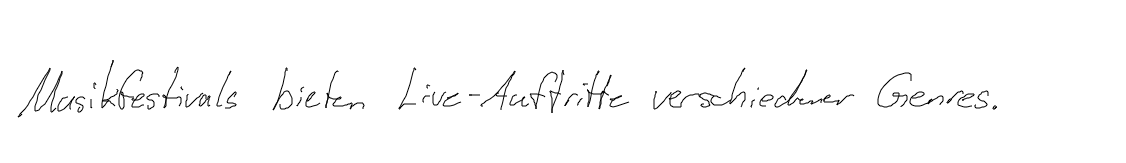
Musikfestivals bieten Live-Auftritte verschiedener Genres.